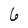
Character: 6